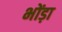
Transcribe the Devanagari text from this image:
भोंड़ा